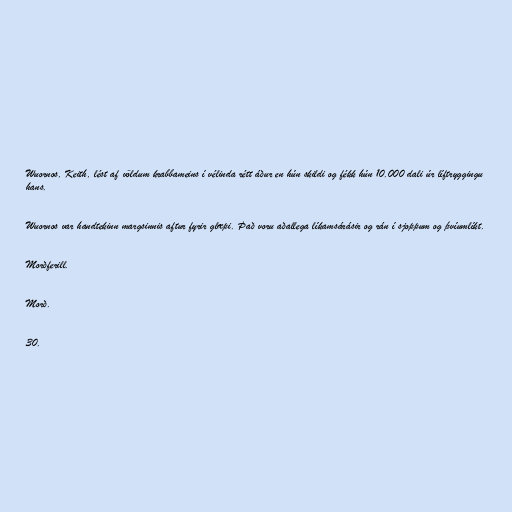
Wuornos, Keith, lést af völdum krabbameins í vélinda rétt áður en hún skildi og fékk hún 10.000 dali úr líftryggingu
hans.

Wuornos var handtekinn margsinnis aftur fyrir glæpi. Það voru aðallega líkamsárásir og rán í sjoppum og þvíumlíkt.

Morðferill.

Morð.

30.